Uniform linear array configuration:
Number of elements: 24
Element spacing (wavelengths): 1
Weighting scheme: binomial
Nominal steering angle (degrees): -45
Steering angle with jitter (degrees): -45.945
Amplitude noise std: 0.05
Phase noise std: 0.05

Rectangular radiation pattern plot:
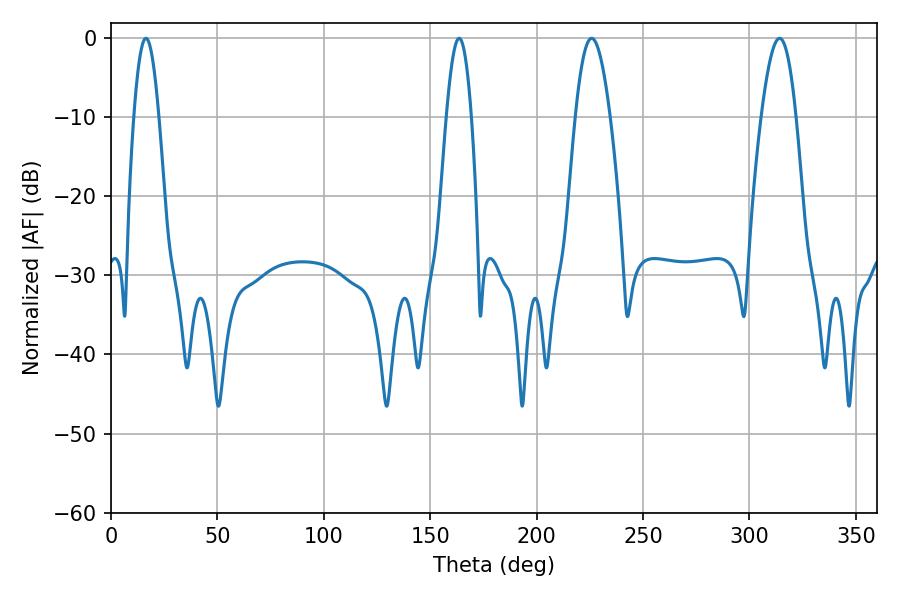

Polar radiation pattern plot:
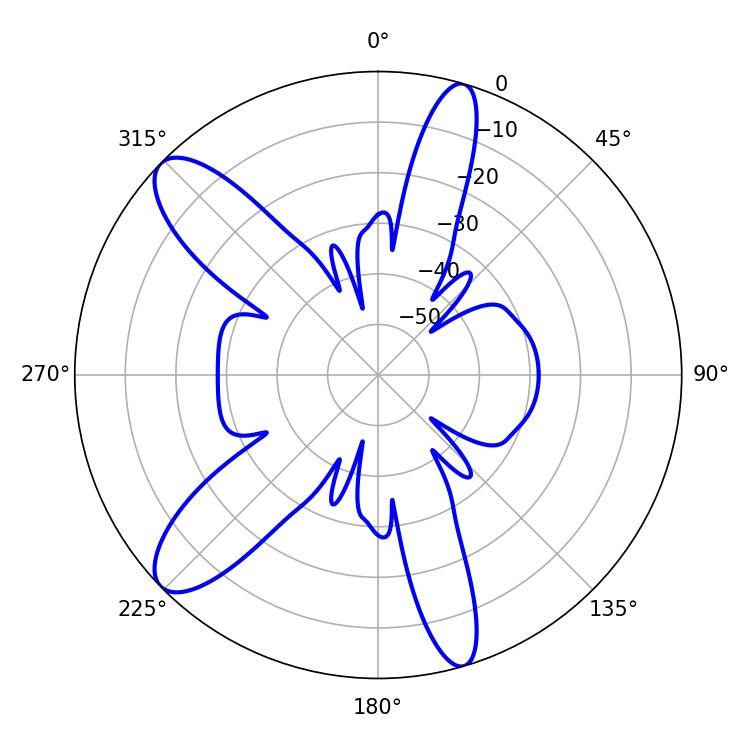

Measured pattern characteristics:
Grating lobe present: TRUE
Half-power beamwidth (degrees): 6.3
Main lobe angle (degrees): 16.38